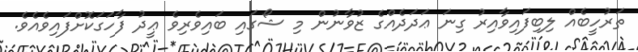
ތަރުހީބެއް ލިބިފައިވާއިރު ގިނަ ޢަދަދެއްގެ ޒުވާނުން މި ޝޯގައި ބައިވެރިވެ ޢީދު ފާހަގަކޮށްފައިވެއެވެ.